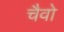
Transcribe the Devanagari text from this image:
चैवो